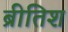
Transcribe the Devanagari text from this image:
ब्रीतिश